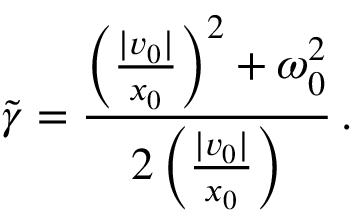
\tilde { \gamma } = \frac { \left( \frac { | v _ { 0 } | } { x _ { 0 } } \right) ^ { 2 } + \omega _ { 0 } ^ { 2 } } { 2 \left( \frac { | v _ { 0 } | } { x _ { 0 } } \right) } \, .